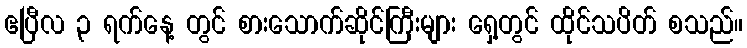
ဧပြီလ ၃ ရက်နေ့ တွင် စားသောက်ဆိုင်ကြီးများ ရှေ့တွင် ထိုင်သပိတ် စသည်။